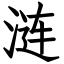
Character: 涟